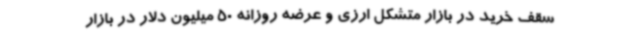
سقف خرید در بازار متشکل ارزی و عرضه روزانه 50 میلیون دلار در بازار